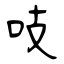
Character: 吱